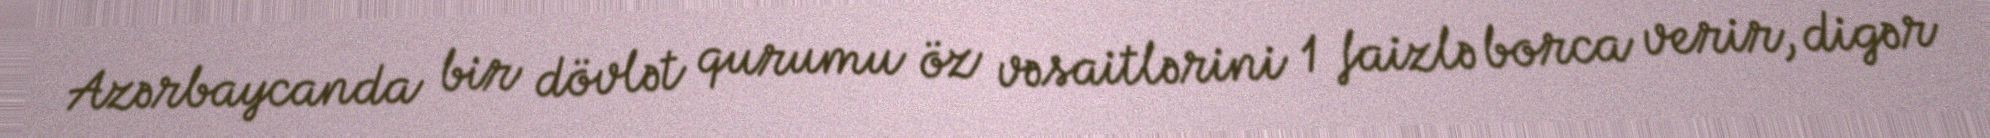
Azərbaycanda bir dövlət qurumu öz vəsaitlərini 1 faizlə borca verir, digər